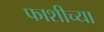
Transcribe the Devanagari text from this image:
फाशीच्या